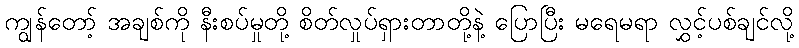
ကျွန်တော့် အချစ်ကို နီးစပ်မှုတို့ စိတ်လှုပ်ရှားတာတို့နဲ့ ပြောပြီး မရေမရာ လွှင့်ပစ်ချင်လို့